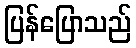
ပြန်ပြောသည်